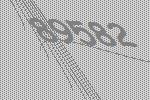
89582